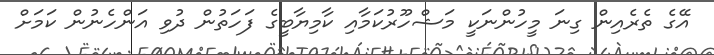
އޭގެ ތެރެއިން ގިނަ މީހުންނަކީ މަޝްހޫރުކަމާއި ކާމިޔާބީގެ ފަހަތުން ދުވި އަންހެނުން ކަމަށް